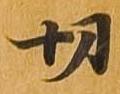
切